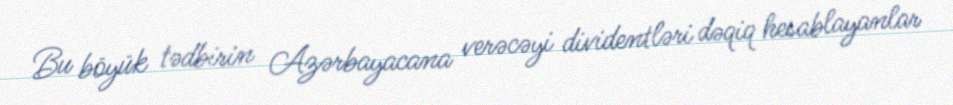
Bu böyük tədbirin Azərbayacana verəcəyi dividentləri dəqiq hesablayanlar